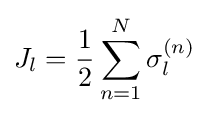
J_{l}={\frac {1}{2}}\sum _{n=1}^{N}\sigma _{l}^{(n)}